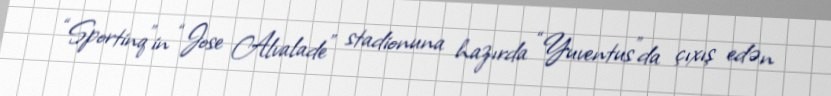
“Sportinq”in “Jose Alvalade” stadionuna hazırda “Yuventus”da çıxış edən